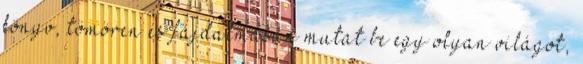
könyv, tömören és fájdalmasan mutat be egy olyan világot,